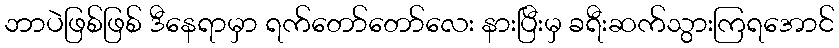
ဘာပဲဖြစ်ဖြစ် ဒီနေရာမှာ ရက်တော်တော်လေး နားပြီးမှ ခရီးဆက်သွားကြရအောင်